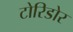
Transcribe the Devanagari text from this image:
टोरिडोर